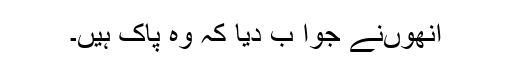
انھوںنے جوا ب دیا کہ وہ پاک ہیں۔